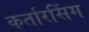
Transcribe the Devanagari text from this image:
कर्तारसिंग